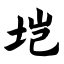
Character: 垲